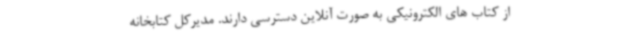
از کتاب های الکترونیکی به صورت آنلاین دسترسی دارند. مدیرکل کتابخانه